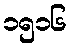
၁၅၁၆